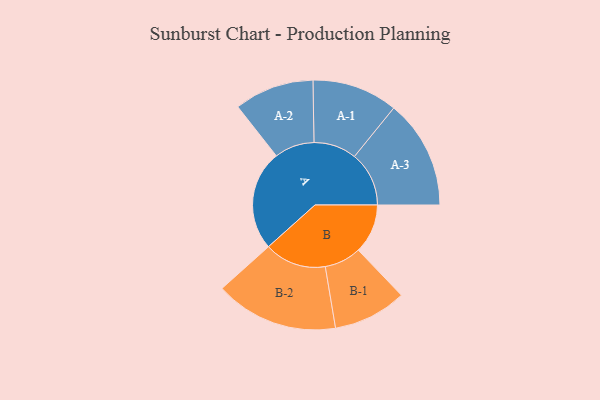
{"axis": {"x": "Segment", "y": "Value"}, "legend": ["", "A", "B"], "data": [{"x": "A", "y": 377, "type": ""}, {"x": "B", "y": 186, "type": ""}, {"x": "A-1", "y": 161, "type": "A"}, {"x": "A-2", "y": 150, "type": "A"}, {"x": "A-3", "y": 205, "type": "A"}, {"x": "B-1", "y": 138, "type": "B"}, {"x": "B-2", "y": 232, "type": "B"}]}